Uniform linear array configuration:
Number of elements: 8
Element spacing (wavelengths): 0.75
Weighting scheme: kaiser
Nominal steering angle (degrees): -15
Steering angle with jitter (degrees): -15.618
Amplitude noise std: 0.05
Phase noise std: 0.05

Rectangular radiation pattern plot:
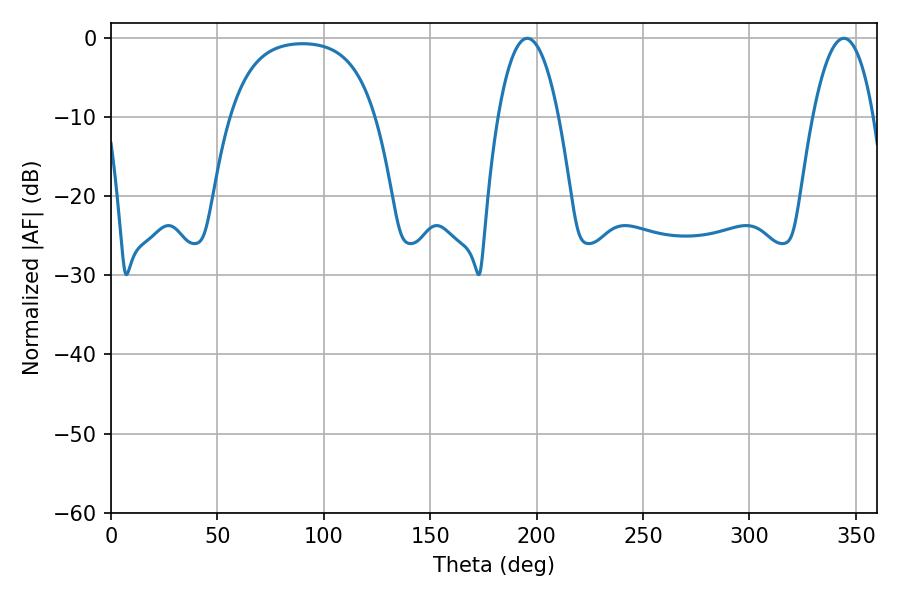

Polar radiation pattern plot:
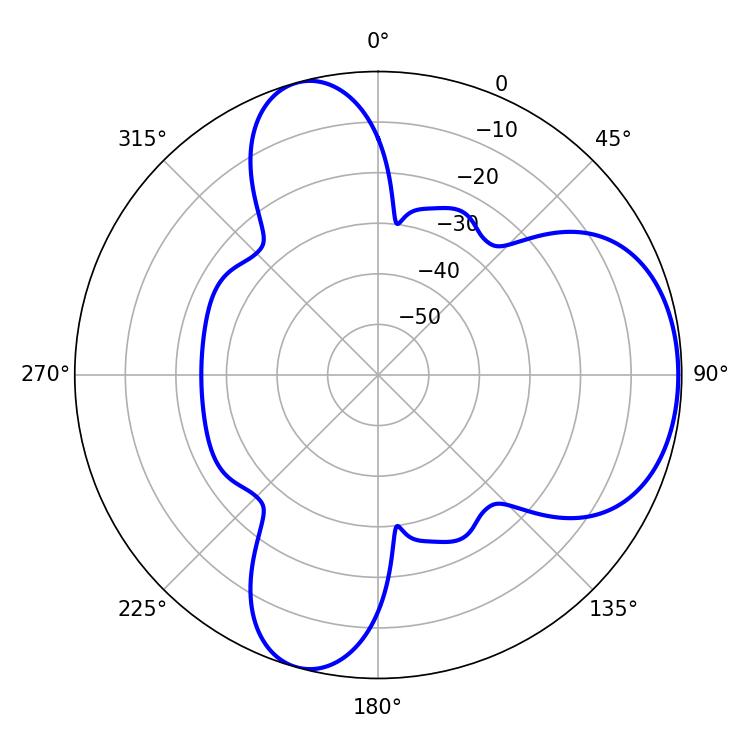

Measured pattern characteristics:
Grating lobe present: TRUE
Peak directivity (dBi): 5.993
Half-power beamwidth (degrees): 15.66
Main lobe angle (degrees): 195.66